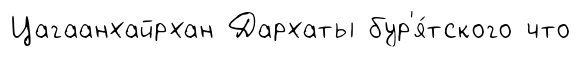
Цагаанхайрхан Дархаты бур'я́тского что